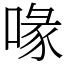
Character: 喙